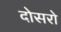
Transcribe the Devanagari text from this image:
दोसरो